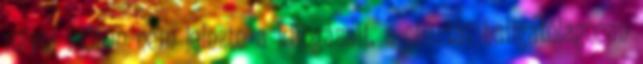
mivel időben nem jelezte a kifogásait, a chartát hallgatólagosan